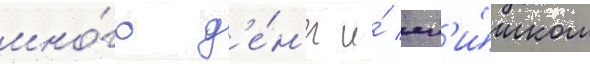
мно́го д'е́н'ег и́ сл'и́шком